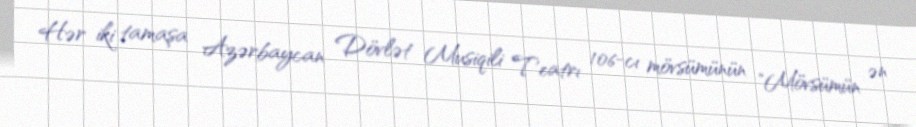
Hər iki tamaşa Azərbaycan Dövlət Musiqili Teatrı 106-cı mövsümünün "Mövsümün ən